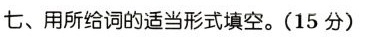
七、用所给词的适当形式填空.(15 分)